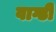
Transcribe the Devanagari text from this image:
वाग्डी